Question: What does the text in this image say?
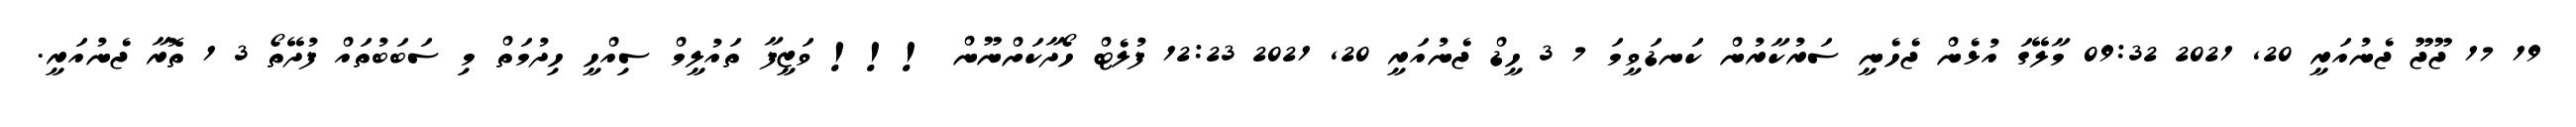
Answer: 19 17 ޖޫޖޫ ޖެނުއަރީ 20, 2021 09:32 މާލޭގަ އުޅެން ޖެހެނީ ސަރުކާރުން ކަނޑަވީމަ 7 3 ހީޑް ޖެނުއަރީ 20, 2021 12:23 ފުލެޓް ހޯދާކަށްނޫން !!! ވަޒީފާ ތައުލީމް ސިއްހީ ހިދުމަތް މި ސަބަބުތައް ފުދޭތޯ 3 1 ތޮރާ ޖެނުއަރީ.